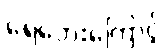
ရေဘေးကြောင့်